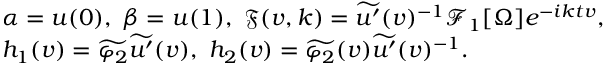
\begin{array} { r l } & { \alpha = u ( 0 ) , \ \beta = u ( 1 ) , \ \mathfrak { F } ( v , k ) = \widetilde { u ^ { \prime } } ( v ) ^ { - 1 } \mathcal { F } _ { 1 } [ \Omega ] e ^ { - i k t v } , } \\ & { h _ { 1 } ( v ) = \widetilde { \varphi _ { 2 } } \widetilde { u ^ { \prime } } ( v ) , \ h _ { 2 } ( v ) = \widetilde { \varphi _ { 2 } } ( v ) \widetilde { u ^ { \prime } } ( v ) ^ { - 1 } . } \end{array}